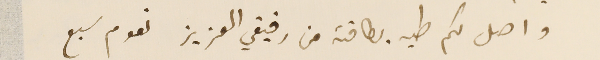
واصل لكم طيه بطاقة من رفيقي العزيز نعوم سبع